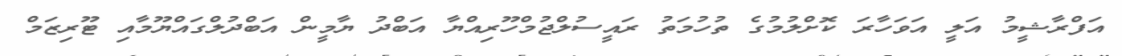
އަފްރާޝީމު އަލީ އަވަހާރަ ކޮށްލުމުގެ ތުހުމަތު ރައީސުލްޖުމްހޫރިއްޔާ އަބްދު ޔާމީން އަބްދުލްގައްޔޫމާއި ޓޫރިޒަމް